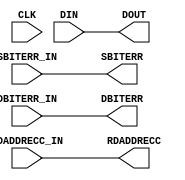
module BLK_MEM_GEN_v8_0_softecc_output_reg_stage
  #(parameter C_DATA_WIDTH          = 32,
    parameter C_ADDRB_WIDTH         = 10,
    parameter C_HAS_SOFTECC_OUTPUT_REGS_B= 0,
    parameter C_USE_SOFTECC         = 0,
    parameter FLOP_DELAY            = 100
  )
  (
   input                         CLK,
   input      [C_DATA_WIDTH-1:0] DIN,
   output reg [C_DATA_WIDTH-1:0] DOUT,
   input                         SBITERR_IN,
   input                         DBITERR_IN,
   output reg                    SBITERR,
   output reg                    DBITERR,
   input      [C_ADDRB_WIDTH-1:0]             RDADDRECC_IN,
   output reg [C_ADDRB_WIDTH-1:0]             RDADDRECC
);
  reg [C_DATA_WIDTH-1:0]           dout_i       = 0;
  reg                              sbiterr_i    = 0;
  reg                              dbiterr_i    = 0;
  reg [C_ADDRB_WIDTH-1:0]          rdaddrecc_i  = 0;
  generate if (C_HAS_SOFTECC_OUTPUT_REGS_B==0) begin : no_output_stage
    always @* begin
      DOUT = DIN;
      RDADDRECC = RDADDRECC_IN;
      SBITERR = SBITERR_IN;
      DBITERR = DBITERR_IN;
    end
  end
  endgenerate
  generate if (C_HAS_SOFTECC_OUTPUT_REGS_B==1) begin : has_output_stage
      always @(posedge CLK) begin
      dout_i <= #FLOP_DELAY DIN;
      rdaddrecc_i <= #FLOP_DELAY RDADDRECC_IN;
      sbiterr_i <= #FLOP_DELAY SBITERR_IN;
      dbiterr_i <= #FLOP_DELAY DBITERR_IN;
      end
      always @* begin
      DOUT = dout_i;
      RDADDRECC = rdaddrecc_i;
      SBITERR = sbiterr_i;
      DBITERR = dbiterr_i;
      end 
      end 
 endgenerate
endmodule